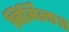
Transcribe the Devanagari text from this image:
निर्मिला॥